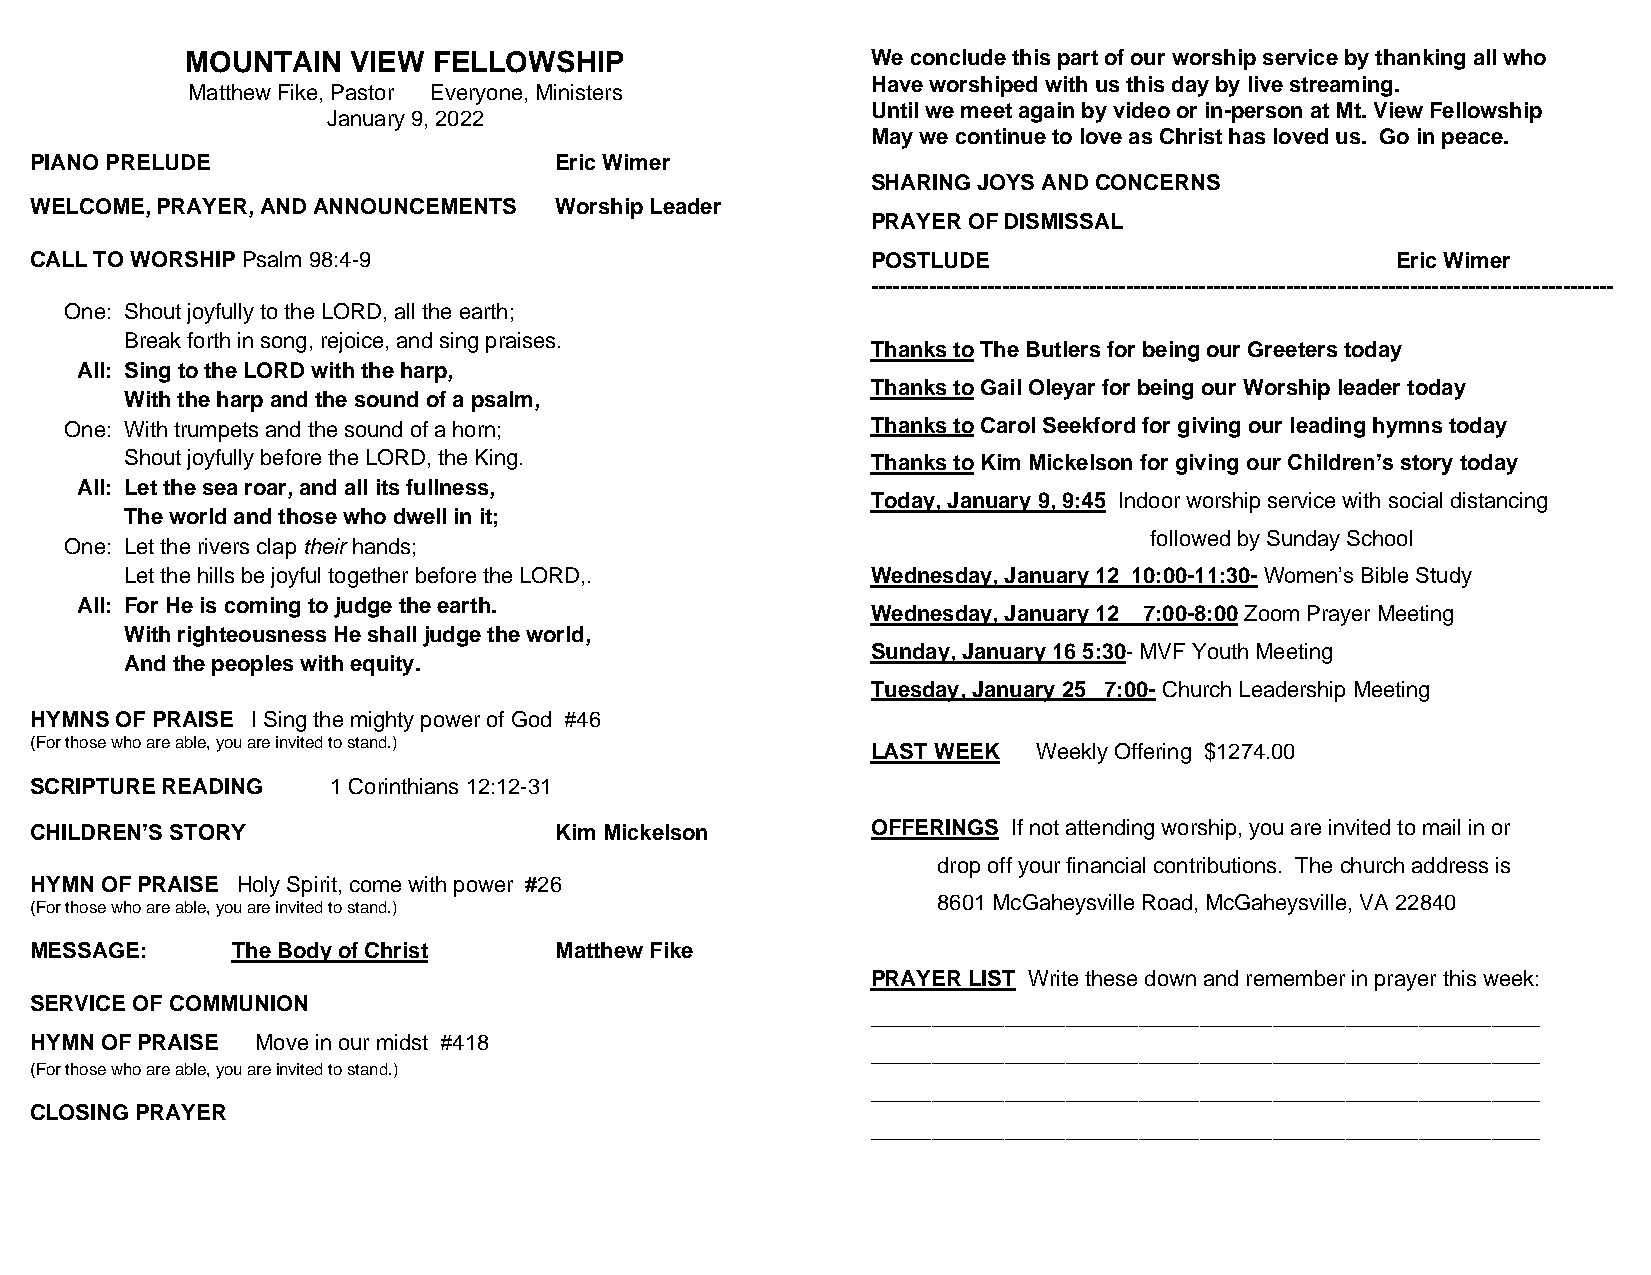
MOUNTAIN   VIEW  FELLOWSHIP                   We conclude this part of our worship service by thanking all who
 Have worshiped with us this day by live streaming.
 Matthew Fike, Pastor Everyone, Ministers
 Until we meet again by video or in-person at Mt. View Fellowship
 January 9, 2022
 May we continue to love as Christ has loved us. Go in peace.
 PIANO PRELUDE                      Eric Wimer
 SHARING JOYS AND CONCERNS
 WELCOME, PRAYER, AND ANNOUNCEMENTS Worship Leader
 PRAYER OF DISMISSAL
 CALL TO WORSHIP Psalm 98:4-9                            POSTLUDE                          Eric Wimer
 ------------------------------------------------------------------------------------------------------
 One: Shout joyfully to the LORD, all the earth;
 Break forth in song, rejoice, and sing praises.
 Thanks to The Butlers for being our Greeters today
 All: Sing to the LORD with the harp,
 Thanks to Gail Oleyar for being our Worship leader today
 With the harp and the sound of a psalm,
 One: With trumpets and the sound of a horn;           Thanks to Carol Seekford for giving our leading hymns today
 Shout joyfully before the LORD, the King.         Thanks to Kim Mickelson for giving our Children’s story today
 All: Let the sea roar, and all its fullness,
 Today, January 9, 9:45 Indoor worship service with social distancing
 The world and those who dwell in it;
 followed by Sunday School
 One: Let the rivers clap their hands;
 Let the hills be joyful together before the LORD,. Wednesday, January 12 10:00-11:30- Women’s Bible Study
 All: For He is coming to judge the earth.
 Wednesday, January 12 7:00-8:00 Zoom Prayer Meeting
 With righteousness He shall judge the world,
 Sunday, January 16 5:30- MVF Youth Meeting
 And the peoples with equity.
 Tuesday, January 25 7:00- Church Leadership Meeting
 HYMNS OF PRAISE I Sing the mighty power of God #46
 (For those who are able, you are invited to stand.)
 LAST WEEK  Weekly Offering $1274.00
 SCRIPTURE READING   1 Corinthians 12:12-31
 CHILDREN’S STORY                   Kim Mickelson        OFFERINGS If not attending worship, you are invited to mail in or
 drop off your financial contributions. The church address is
 HYMN OF PRAISE Holy Spirit, come with power #26
 (For those who are able, you are invited to stand.)
 8601 McGaheysville Road, McGaheysville, VA 22840
 MESSAGE:     The Body of Christ    Matthew Fike
 PRAYER LIST Write these down and remember in prayer this week:
 SERVICE OF COMMUNION
 _______________________________________________________
 HYMN OF PRAISE Move in our midst #418
 _______________________________________________________
 (For those who are able, you are invited to stand.)
 _______________________________________________________
 CLOSING PRAYER
 _______________________________________________________